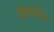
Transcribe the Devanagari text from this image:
मोरदीक्षित